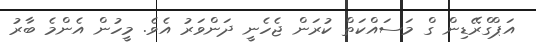
އަޕްގްރޭޑިން ގް މަސައްކަތް ކުރަން ޖެހެނީ ދަންވަރު އެވެ. މީހުން އެންމެ ބާރު